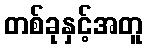
တစ်ခုနှင့်အတူ